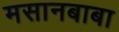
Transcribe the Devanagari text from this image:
मसानबाबा